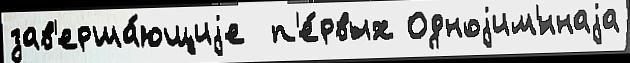
зав'ерша́ющиjе  п'е́рвых Одноjим'́ннаjа